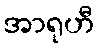
အာရုဟီ